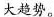
大趋势。